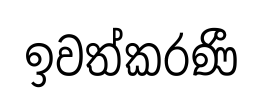
ඉවත්කරණී